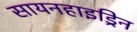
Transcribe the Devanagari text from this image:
सायनहाइड्रिन